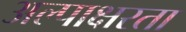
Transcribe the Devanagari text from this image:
अल्पाक्षरता